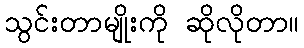
သွင်းတာမျိုးကို ဆိုလိုတာ။